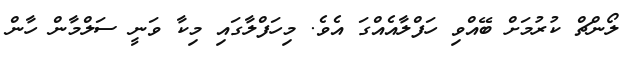
ލޯންޗް ކުރުމަށް ބޭއްވި ހަފްލާއެއްގަ އެވެ. މިހަފްލާގައި މިކާ ވަނީ ސަލްމާން ހާން